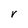
Character: V